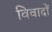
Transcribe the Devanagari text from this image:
विवादों